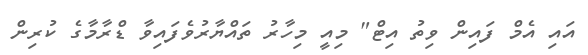
އައި އެމް ފައިން ވިތު އިޓް" މިއީ މިހާރު ތައްޔާރުވެފައިވާ ޑްރާމާގެ ކުރިން